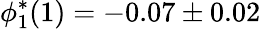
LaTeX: \phi_{1}^{*}(1)=-0.07\pm 0.02